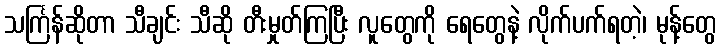
သင်္ကြန်ဆိုတာ သီချင်း သီဆို တီးမှုတ်ကြပြီး လူတွေကို ရေတွေနဲ့ လိုက်ပက်ရတဲ့၊ မုန့်တွေ